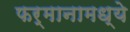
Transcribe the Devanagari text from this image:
फर्मानामध्ये